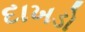
દાખડો